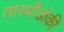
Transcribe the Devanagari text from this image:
तारपीडोकी